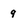
Character: 9